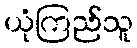
ယုံကြည်သူ